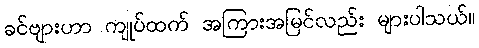
ခင်ဗျားဟာ ကျုပ်ထက် အကြားအမြင်လည်း များပါသယ်။